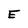
Character: E